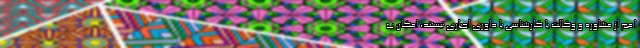
اعم از مشاوره و وکالت یا کارشناسی یا داوری اجباری نیستند، امکان ب